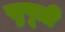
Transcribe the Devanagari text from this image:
सुपूत्री